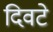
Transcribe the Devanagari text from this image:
दिवटे